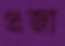
প্রজা